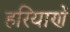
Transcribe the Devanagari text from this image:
हरियाणें